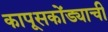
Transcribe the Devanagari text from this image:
कापूसकोंड्याची